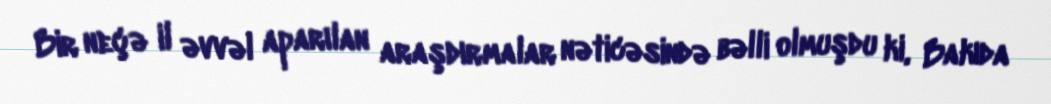
Bir neçə il əvvəl aparılan araşdırmalar nəticəsində bəlli olmuşdu ki, Bakıda